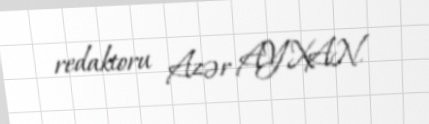
redaktoru Azər AYXAN.